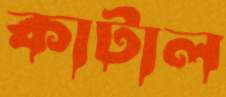
কাটাল